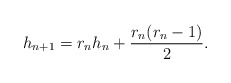
\begin{align*}h_{n+1} = r_n h_n + \frac{r_n(r_n-1)}{2} . \end{align*}